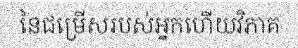
នៃជម្រើសរបស់អ្នកហើយវិភាគ